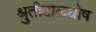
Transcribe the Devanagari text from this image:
श्रुतीटाळघोष